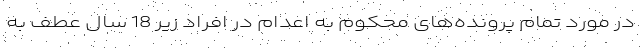
در مورد تمام پرونده‌های محکوم به اعدام در افراد زیر 18 سال عطف به